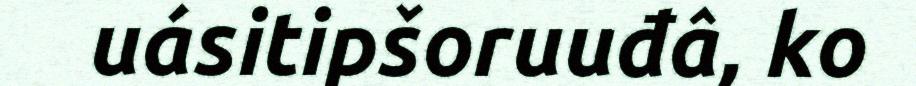
uásitipšoruuđâ, ko